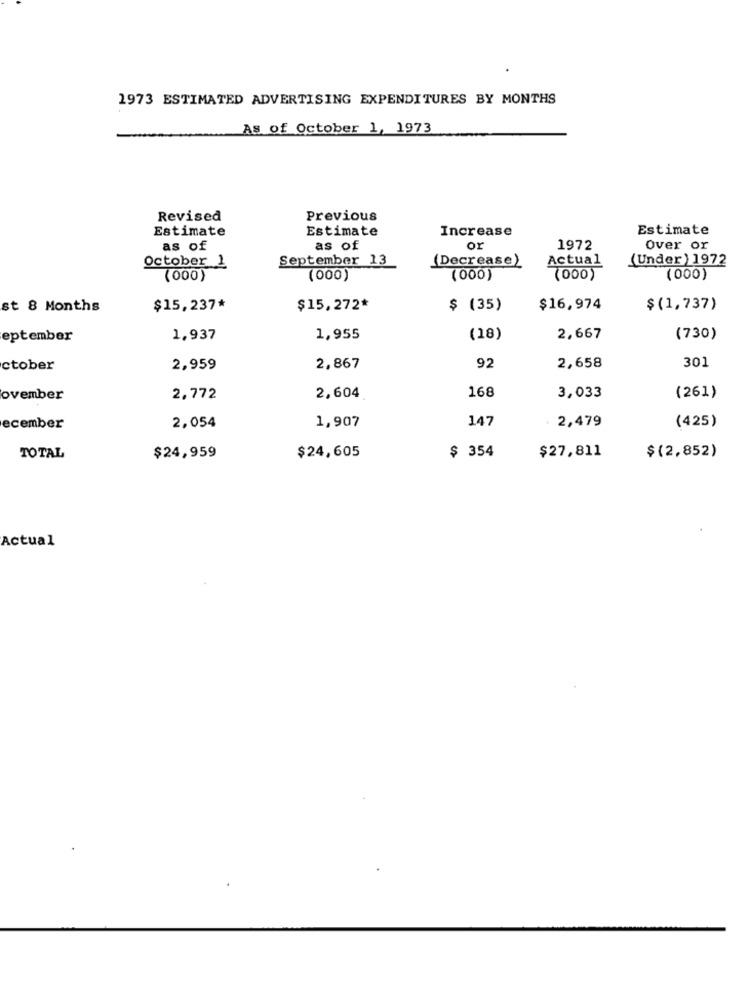
1973 ESTIMATED ADVERTISING EXPENDITURES BY MONTHS
As of October 1, 1973
Revised
Previous
Estimate
Estimate
Increase
Estimate
as of
as of
or
1972
Over or
September 13
(Decrease)
Actual
(Under ) 1972
October 1
(000)
(000)
(000)
(000)
(000)
st 8 Months
$15,237*
$15,272*
$ (35)
$16,974
$ (1,737)
eptember
1,937
1,955
(18)
2,667
(730)
92
ctober
2,959
2,867
2,658
301
168
ovember
2,772
2,604
3,033
(261)
2,054
147
2,479
(425)
ecember
1,907
$ 354
$(2,852)
TOTAL
$24,959
$24,605
$27,811
Actual